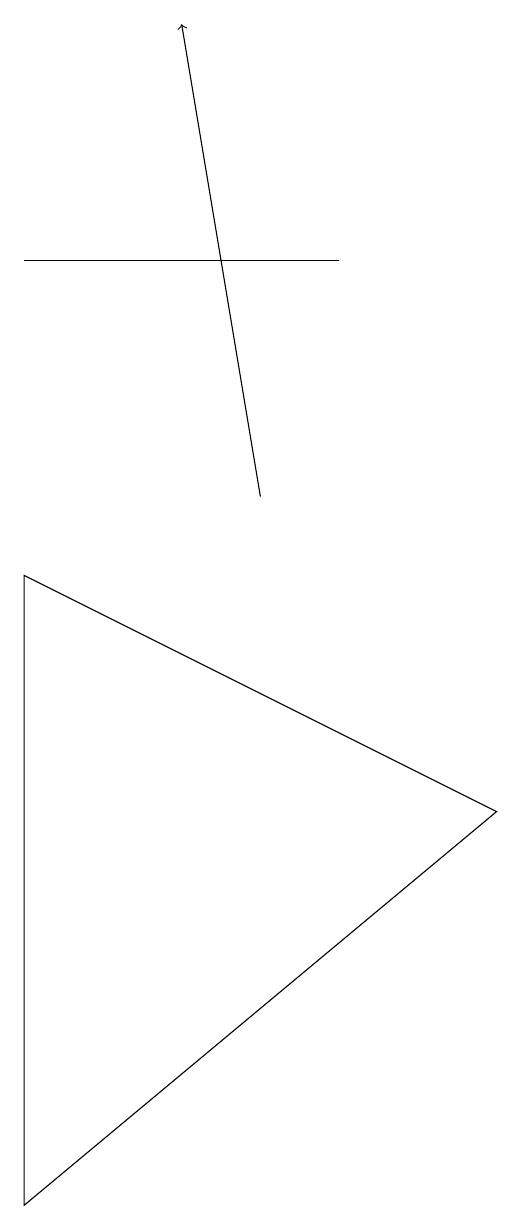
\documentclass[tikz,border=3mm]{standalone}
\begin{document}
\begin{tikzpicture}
\draw[->] (5,10) -- (4,16);
\draw (6,13) rectangle (2,13);
\draw (2,9) -- (8,6) -- (2,1) -- cycle;
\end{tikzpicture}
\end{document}